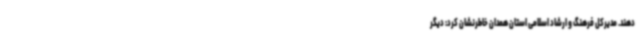
‌دهند. مدیرکل فرهنگ و ارشاد اسلامی استان همدان خاطرنشان کرد: دیگر